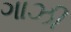
ગાઝી